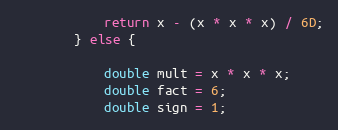
Language: Java
            return x - (x * x * x) / 6D;
        } else {

            double mult = x * x * x;
            double fact = 6;
            double sign = 1;